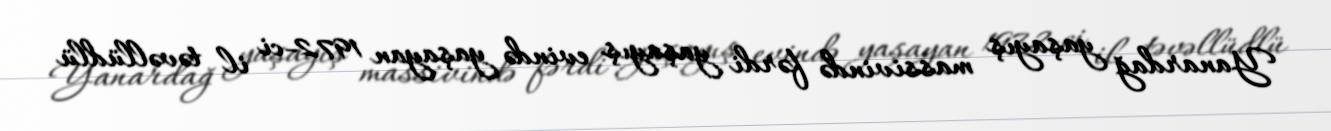
Yanardağ yaşayış massivində fərdi yaşayış evində yaşayan 1972-ci il təvəllüdlü